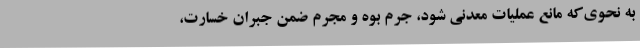
به نحوی‌که مانع عملیات معدنی شود، جرم بوه و مجرم ضمن جبران خسارت،